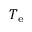
T _ { \mathrm { e } }